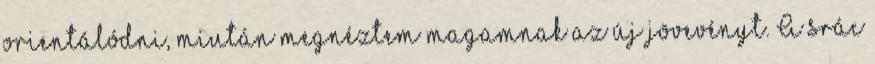
orientálódni, miután megnéztem magamnak az új jövevényt. A srác